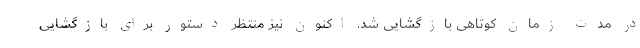
در مدت زمان کوتاهی بازگشایی شد. اکنون نیز منتظر دستور برای بازگشایی